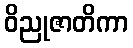
ဝိညုဇာတိကာ